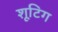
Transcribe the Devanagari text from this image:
शूटिग